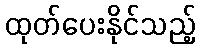
ထုတ်ပေးနိုင်သည့်